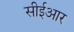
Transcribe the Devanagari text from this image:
सीईआर